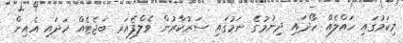
މިކަމުގައި ހައްލެއް ހޯދައި ދިނުމުގެ ނަމުގައި ސަރުކާރުން ވެލްފެއަރ ބަޖެޓެއް ހަދައި އެއިން